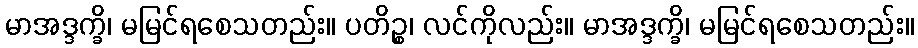
မာအဒ္ဒက္ခိ၊ မမြင်ရစေသတည်း။ ပတိဉ္စ၊ လင်ကိုလည်း။ မာအဒ္ဒက္ခိ၊ မမြင်ရစေသတည်း။